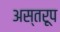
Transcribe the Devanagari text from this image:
अस्तरूप